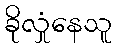
ခိုလှုံနေသူ